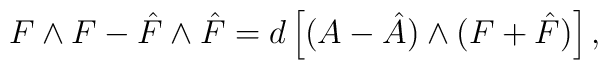
F\wedge F-\hat F\wedge \hat F= d\left[(A-\hat A)\wedge(F+\hat F)\right],